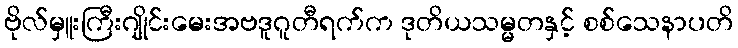
ဗိုလ်မှူးကြီးဂျိုင်းမေးအဗဒူဂူတီရက်က ဒုတိယသမ္မတနှင့် စစ်သေနာပတိ